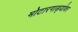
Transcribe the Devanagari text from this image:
मोटारगाड्यांवर